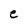
Character: e